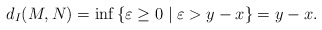
\begin{align*}d_I(M,N)= \inf \left\lbrace \varepsilon\geq 0 \mid \varepsilon > y-x \right\rbrace = y-x.\end{align*}